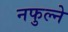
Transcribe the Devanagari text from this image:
नफुल्ने